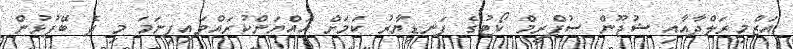
އަޒްމިރަލްދާއާއި ޝުޖޫން ސުޕްރީމް ކޯޓުގެ ފަނޑިޔާރު ކަމަށް އައްޔަންކުރައްވައިފިނަމަ މި ދެ ބޭފުޅުން